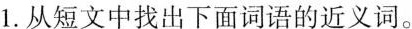
1.从短文中找出下面词语的近义词。